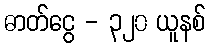
ဓာတ်ငွေ - ၃၂၀ ယူနစ်